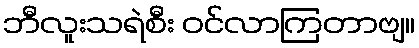
ဘီလူးသရဲစီး ဝင်လာကြတာဗျ။